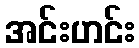
အင်းဟင်း